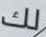
لك